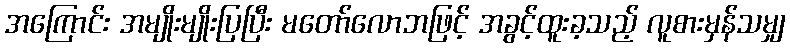
အကြောင်း အမျိုးမျိုးပြပြီး မတော်လောဘဖြင့် အခွင့်ထူးခ့သည့် လူစားမှန်သမျှ